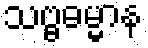
သဗ္ဗဓမ္မာန